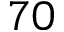
7 0